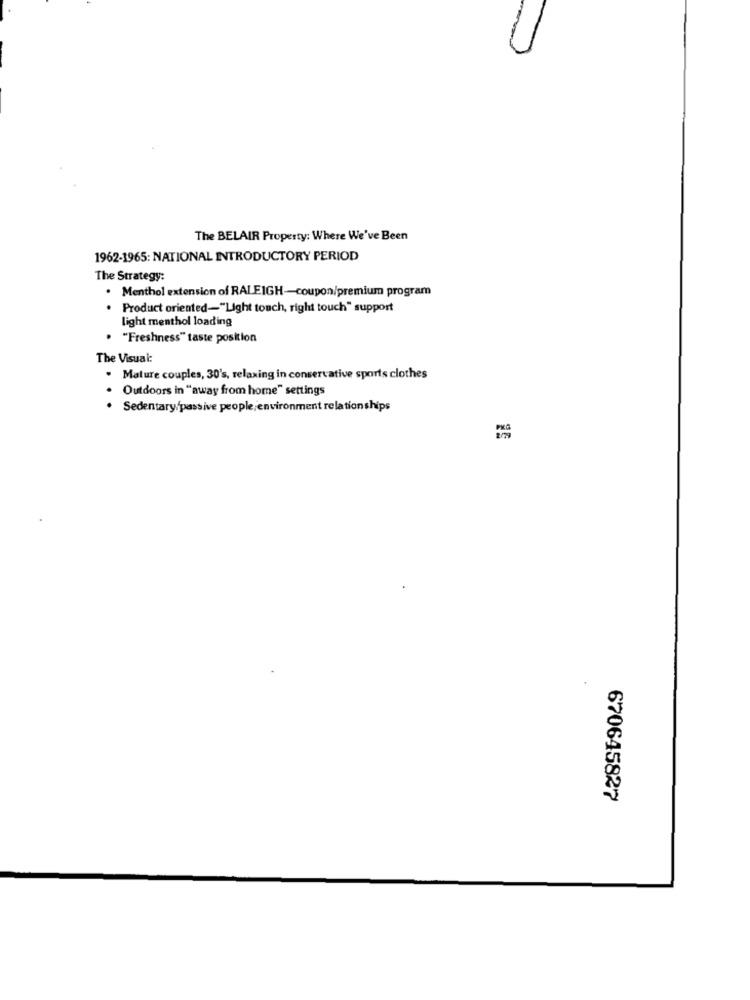
The BELAIR Property: Where We've Been
1962-1965: NATIONAL INTRODUCTORY PERIOD
The Strategy:
Menthol extension of RALEIGH-coupon/premium program
Product oriented-"Light touch, right touch" support
light menthol loading
"Freshness" taste position
The Visual:
. Mature couples, 30's, relaxing in conservative sports clothes
Outdoors in "away from home" settings
· Sedentary/passive people,environment relationships
670645827